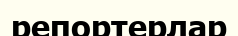
репортерлар